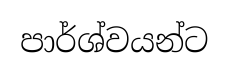
පාර්ශ්වයන්ට